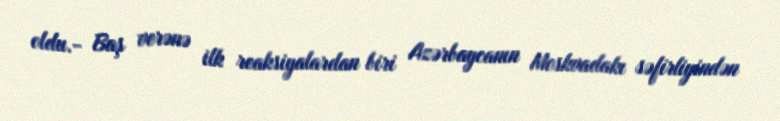
oldu.- Baş verənə ilk reaksiyalardan biri Azərbaycanın Moskvadakı səfirliyindən